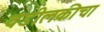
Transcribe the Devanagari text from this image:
वडीलकीचा